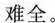
难全。